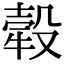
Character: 𤚲